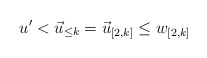
\begin{align*}u' < \vec{u}_{\leq k} = \vec{u}_{[2,k]} \leq w_{[2,k]}\end{align*}